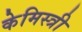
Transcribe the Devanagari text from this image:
केमिस्त्री